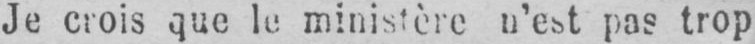
Je crois que le ministère n’est pas trop